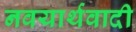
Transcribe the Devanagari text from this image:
नवयार्थवादी